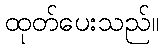
ထုတ်ပေးသည်။